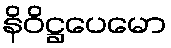
နိဝိဋ္ဌပေမော